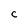
Character: C